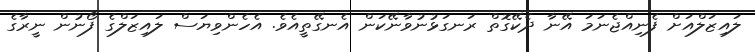
ލައިޒަލްއަށް ފެނިއްޖެނަމަ އޭނާ ދެކޭގޮތް ރަނގަޅުނުވާނޭކަން އެނގޭތީއެވެ. އެހެންވިޔަސް ލައިޒަލްގެ ފޯނުން ނީރާގެ